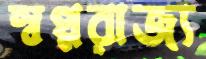
স্বপ্নরাজ্য